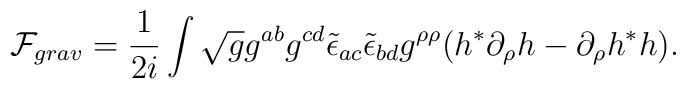
{\cal F}_{grav}=\frac{1}{2i}\int \sqrt{g}g^{ab} g^{cd}\tilde\epsilon_{ac}\tilde\epsilon_{bd}g^{\rho\rho}(h^*\partial_{\rho}h-\partial_{\rho}h^*h).